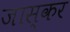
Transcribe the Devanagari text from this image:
जास्कर